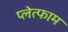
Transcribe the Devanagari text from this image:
प्लेत्फाम